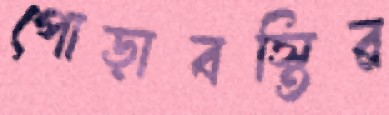
পোড়াবস্তির